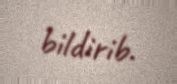
bildirib.